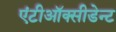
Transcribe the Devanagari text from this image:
एंटीऑक्सीडेन्ट